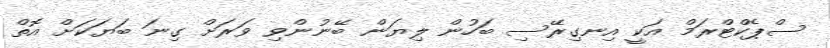
ސްޕެކްޓްރަމް އަކީ އިނގިރޭސި ބަހުން ލިޔަން ބޭނުންވި ވަރަށް ގިނަ ބަޔަކަށް އޮތް